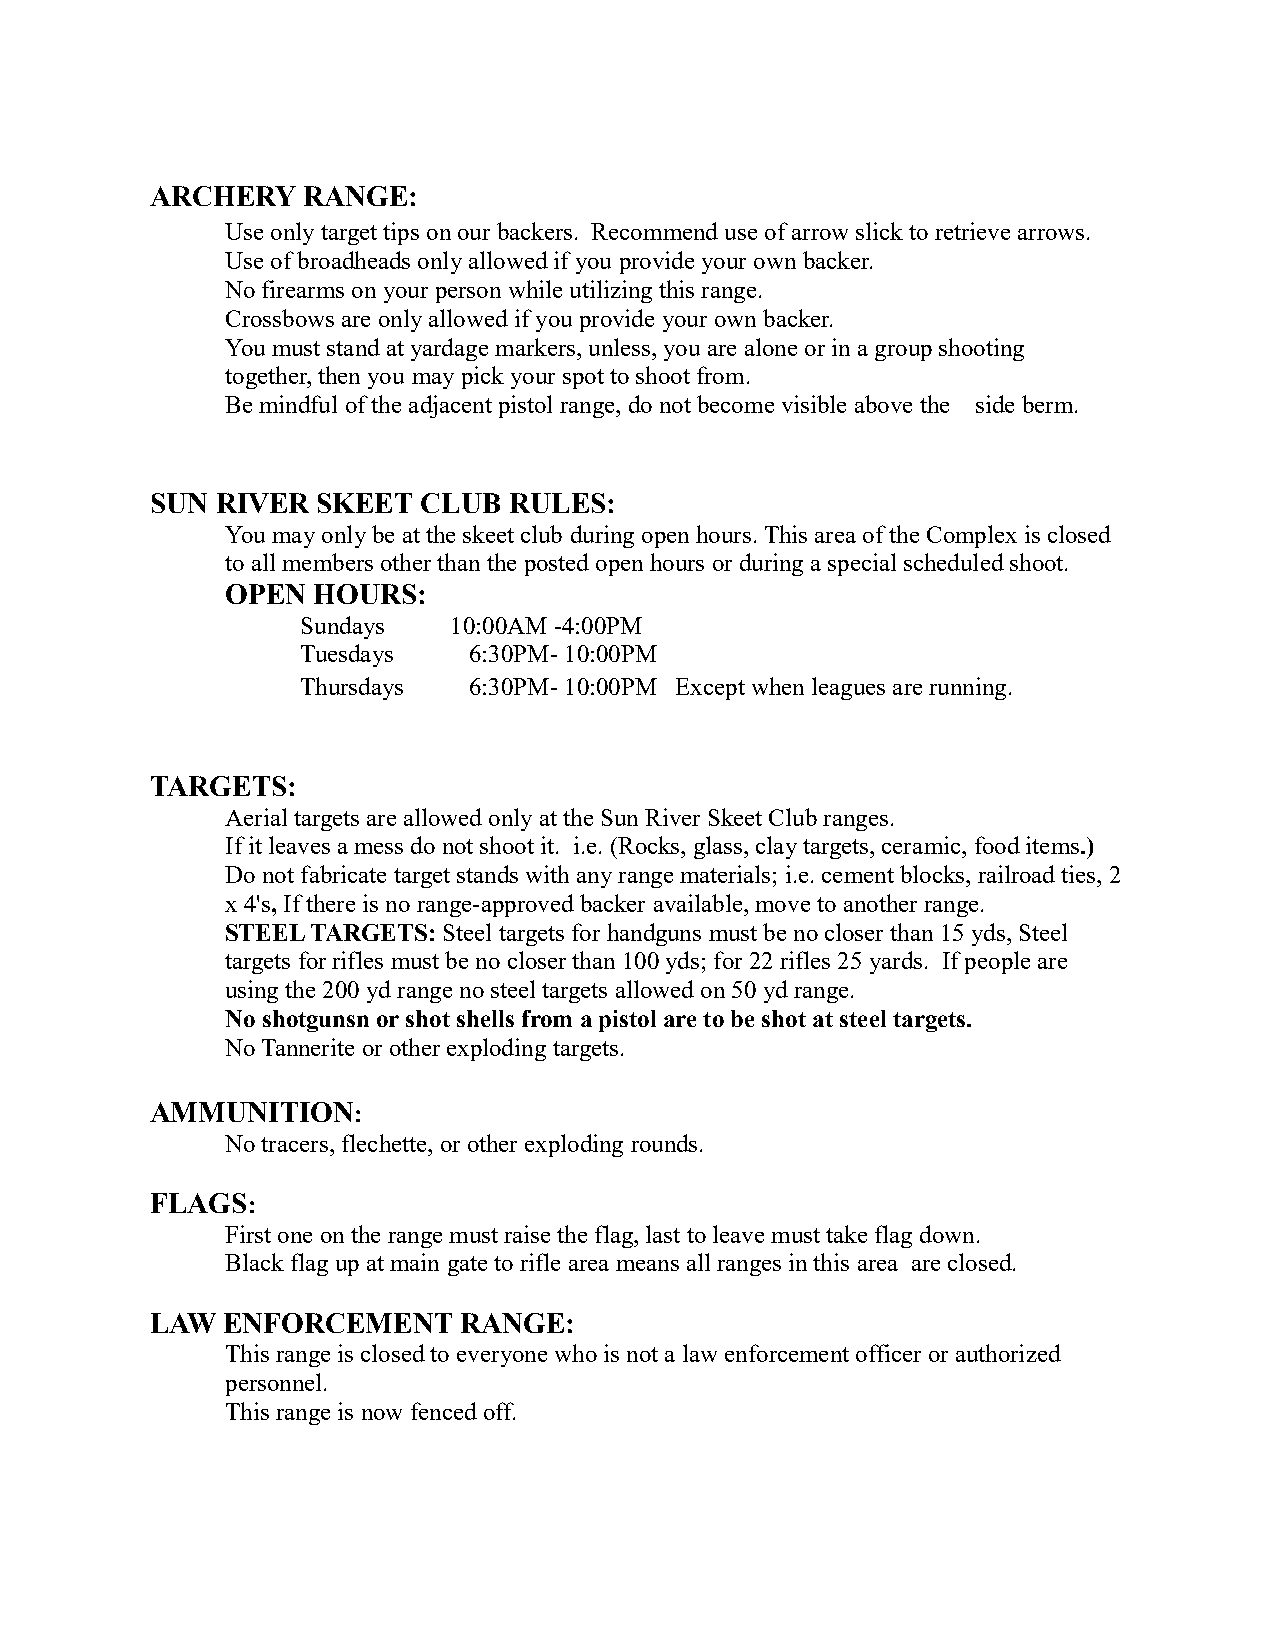
ARCHERY   RANGE:
 Use only target tips on our backers. Recommend use of arrow slick to retrieve arrows.
 Use of broadheads only allowed if you provide your own backer.
 No firearms on your person while utilizing this range.
 Crossbows are only allowed if you provide your own backer.
 You must stand at yardage markers, unless, you are alone or in a group shooting
 together, then you may pick your spot to shoot from.
 Be mindful of the adjacent pistol range, do not become visible above the side berm.
 SUN RIVER  SKEET  CLUB  RULES:
 You may only be at the skeet club during open hours. This area of the Complex is closed
 to all members other than the posted open hours or during a special scheduled shoot.
 OPEN  HOURS:
 Sundays   10:00AM -4:00PM
 Tuesdays   6:30PM- 10:00PM
 Thursdays  6:30PM- 10:00PM Except when leagues are running.
 TARGETS:
 Aerial targets are allowed only at the Sun River Skeet Club ranges.
 If it leaves a mess do not shoot it. i.e. (Rocks, glass, clay targets, ceramic, food items.)
 Do not fabricate target stands with any range materials; i.e. cement blocks, railroad ties, 2
 x 4's, If there is no range-approved backer available, move to another range.
 STEEL TARGETS: Steel targets for handguns must be no closer than 15 yds, Steel
 targets for rifles must be no closer than 100 yds; for 22 rifles 25 yards. If people are
 using the 200 yd range no steel targets allowed on 50 yd range.
 No shotgunsn or shot shells from a pistol are to be shot at steel targets.
 No Tannerite or other exploding targets.
 AMMUNITION:
 No tracers, flechette, or other exploding rounds.
 FLAGS:
 First one on the range must raise the flag, last to leave must take flag down.
 Black flag up at main gate to rifle area means all ranges in this area are closed.
 LAW  ENFORCEMENT    RANGE:
 This range is closed to everyone who is not a law enforcement officer or authorized
 personnel.
 This range is now fenced off.